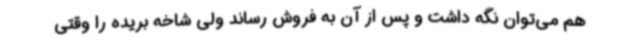
هم می‌توان نگه داشت و پس از آن به فروش رساند ولی شاخه بریده را وقتی